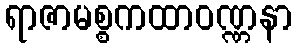
ရာဇာမစ္စကထာဝဏ္ဏနာ